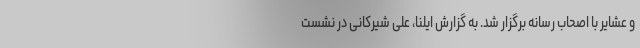
و عشایر با اصحاب رسانه برگزار شد. به گزارش ایلنا، علی شیرکانی در نشست